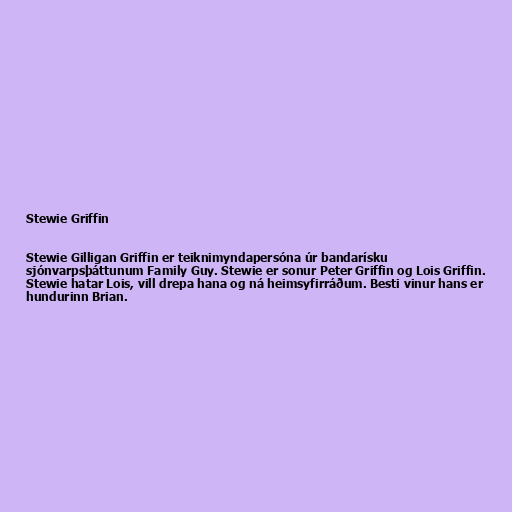
Stewie Griffin

Stewie Gilligan Griffin er teiknimyndapersóna úr bandarísku
sjónvarpsþáttunum Family Guy. Stewie er sonur Peter Griffin og Lois Griffin.
Stewie hatar Lois, vill drepa hana og ná heimsyfirráðum. Besti vinur hans er
hundurinn Brian.